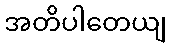
အတိပါတေယျ